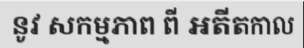
នូវ សកម្មភាព ពី អតីតកាល